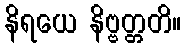
နိရယေ နိဗ္ဗတ္တတိ။